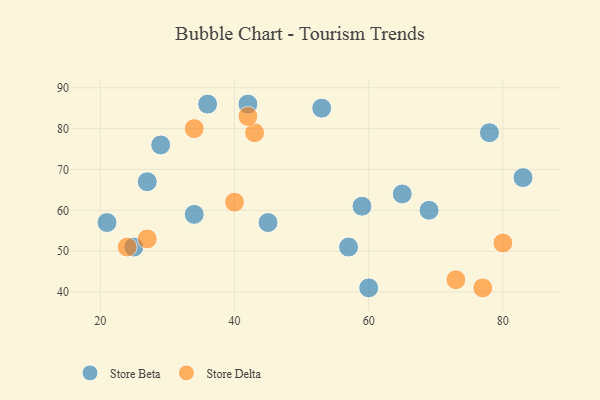
{"axis": {"x": "GDP", "y": "Life Expectancy"}, "legend": ["Store Beta", "Store Delta"], "data": [{"x": "59", "y": 61, "type": "Store Beta"}, {"x": "69", "y": 60, "type": "Store Beta"}, {"x": "60", "y": 41, "type": "Store Beta"}, {"x": "45", "y": 57, "type": "Store Beta"}, {"x": "29", "y": 76, "type": "Store Beta"}, {"x": "78", "y": 79, "type": "Store Beta"}, {"x": "27", "y": 67, "type": "Store Beta"}, {"x": "42", "y": 86, "type": "Store Beta"}, {"x": "83", "y": 68, "type": "Store Beta"}, {"x": "65", "y": 64, "type": "Store Beta"}, {"x": "57", "y": 51, "type": "Store Beta"}, {"x": "36", "y": 86, "type": "Store Beta"}, {"x": "34", "y": 59, "type": "Store Beta"}, {"x": "53", "y": 85, "type": "Store Beta"}, {"x": "25", "y": 51, "type": "Store Beta"}, {"x": "21", "y": 57, "type": "Store Beta"}, {"x": "40", "y": 62, "type": "Store Delta"}, {"x": "27", "y": 53, "type": "Store Delta"}, {"x": "77", "y": 41, "type": "Store Delta"}, {"x": "80", "y": 52, "type": "Store Delta"}, {"x": "43", "y": 79, "type": "Store Delta"}, {"x": "42", "y": 83, "type": "Store Delta"}, {"x": "24", "y": 51, "type": "Store Delta"}, {"x": "73", "y": 43, "type": "Store Delta"}, {"x": "34", "y": 80, "type": "Store Delta"}]}